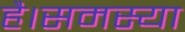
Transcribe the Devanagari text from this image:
है।समस्या